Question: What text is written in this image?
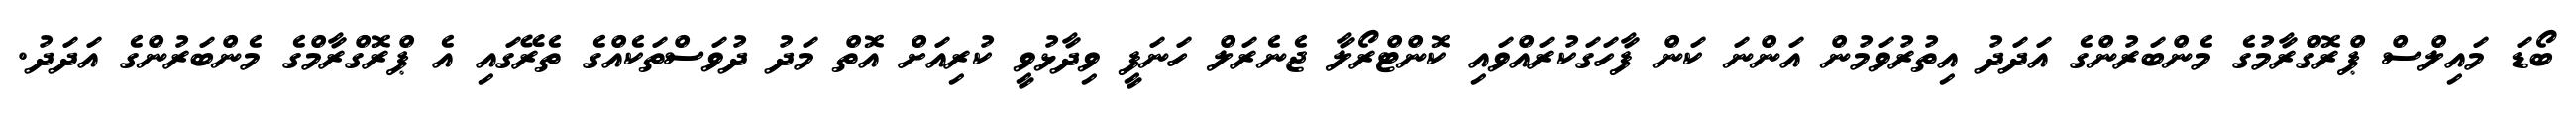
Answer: ބޯޑަ މައިލްސް ޕްރޮގްރާމުގެ މެންބަރުންގެ އަދަދު އިތުރުވަމުން އަންނަ ކަން ފާހަގަކުރައްވައި ކޮންޓްރޯލާ ޖެނެރަލް ހަނަފީ ވިދާޅުވީ ކުރިއަށް އޮތް މަދު ދުވަސްތަކެއްގެ ތެރޭގައި އެ ޕްރޮގްރާމްގެ މެންބަރުންގެ އަދަދު.